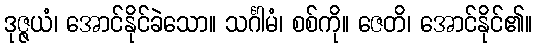
ဒုဇ္ဇယံ၊ အောင်နိုင်ခဲသော။ သင်္ဂါမံ၊ စစ်ကို။ ဇေတိ၊ အောင်နိုင်၏။